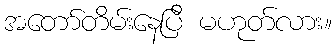
အတော်တိမ်းနေပြီ မဟုတ်လား။